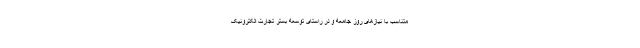
متناسب با نیازهای روز جامعه و در راستای توسعه بستر تجارت الکترونیک